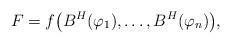
LaTeX: \begin{align*}F=f\big(B^H(\varphi_1),\ldots,B^H(\varphi_n)\big),\end{align*}